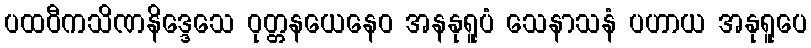
ပထဝီကသိဏနိဒ္ဒေသေ ဝုတ္တနယေနေဝ အနနုရူပံ သေနာသနံ ပဟာယ အနုရူပေ